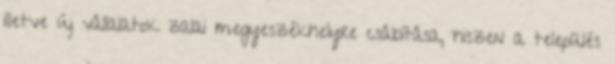
illetve új vállalatok zalai megyeszékhelyre csábítása, hiszen a település